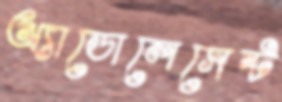
অ্যাডোলেসেন্ট